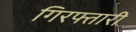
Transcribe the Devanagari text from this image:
गिरफ्तारी